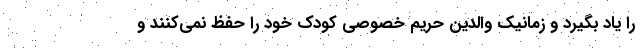
را یاد بگیرد و زمانیک والدین حریم خصوصی کودک خود را حفظ نمی‌کنند و